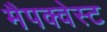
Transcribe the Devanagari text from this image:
मैपक्वेस्ट